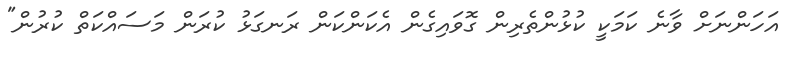
އަހަންނަށް ވާނެ ކަމަކީ ކުޅުންތެރިން ގޮވައިގެން އެކަންކަން ރަނގަޅު ކުރަން މަސައްކަތް ކުރުން"